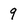
Character: 9